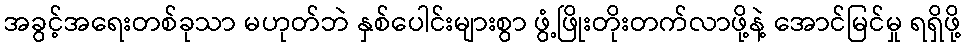
အခွင့်အရေးတစ်ခုသာ မဟုတ်ဘဲ နှစ်ပေါင်းများစွာ ဖွံ့ဖြိုးတိုးတက်လာဖို့နဲ့ အောင်မြင်မှု ရရှိဖို့